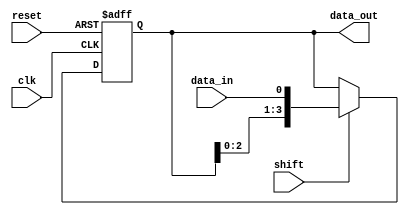
module shift_register(
    input wire clk,
    input wire reset,
    input wire shift,
    input wire data_in,
    output reg [3:0] data_out
);

reg [3:0] reg_data;

always @(posedge clk or posedge reset) begin
    if (reset) begin
        reg_data <= 4'b0000;
    end else if (shift) begin
        reg_data <= {reg_data[2:0], data_in};
    end
end

assign data_out = reg_data;

endmodule